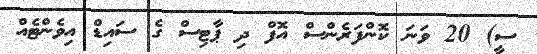
ސީ) 20 ވަނަ ކޮންފަރެންސް އޮފް ދި ޕާޓިސް ގެ ސައިޑް އިވެންޓެއް